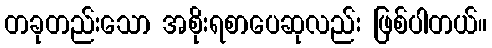
တခုတည်းသော အစိုးရစာပေဆုလည်း ဖြစ်ပါတယ်။